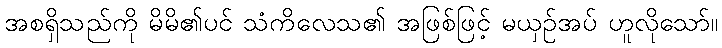
အစရှိသည်ကို မိမိ၏ပင် သံကိလေသ၏ အဖြစ်ဖြင့် မယှဉ်အပ် ဟူလိုသော်။